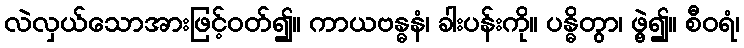
လဲလှယ်သောအားဖြင့်ဝတ်၍။ ကာယဗန္ဓနံ၊ ခါးပန်းကို။ ပန္ဓိတွာ၊ ဖွဲ့၍။ စီဝရံ၊